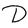
Character: D